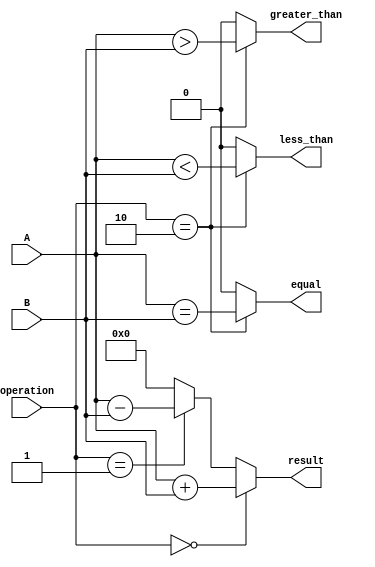
module n_bit_arithmetic_compare #(parameter N=8)(input [N-1:0] A,input [N-1:0] B,input [1:0] operation,output [N-1:0] result,output equal,output less_than,output greater_than);

  wire [N-1:0] addition_result;
  wire [N-1:0] subtraction_result;
  assign addition_result = A + B;
  assign subtraction_result = A - B;
  assign result = (operation == 2'b00) ? addition_result :
                 (operation == 2'b01) ? subtraction_result :
                               		0; 
  assign equal = (operation == 2'b10) ? (A == B) : 0;
  assign less_than = (operation == 2'b10) ? (A < B) : 0;
  assign greater_than = (operation == 2'b10) ? (A > B) : 0;
endmodule

module testbench();
  reg [7:0] A;
  reg [7:0] B;
  reg [1:0] operation;
  wire [7:0] result;
  wire equal;
  wire less_than;
  wire greater_than;
  n_bit_arithmetic_compare uut (
    .A(A),
    .B(B),
    .operation(operation),
    .result(result),
    .equal(equal),
    .less_than(less_than),
    .greater_than(greater_than)
  );
  initial begin
    A = 8'b00000110;
    B = 8'b00000101;

    operation = 2'b00;
    #10;
    $display("Addition Result: %b", result);
    operation = 2'b01;
    #10;
    $display("Subtraction Result: %b", result);
    operation = 2'b10;
    #10;
    $display("Equal: %b", equal);
    $display("Less Than: %b", less_than);
    $display("Greater Than: %b", greater_than);
  end
endmodule